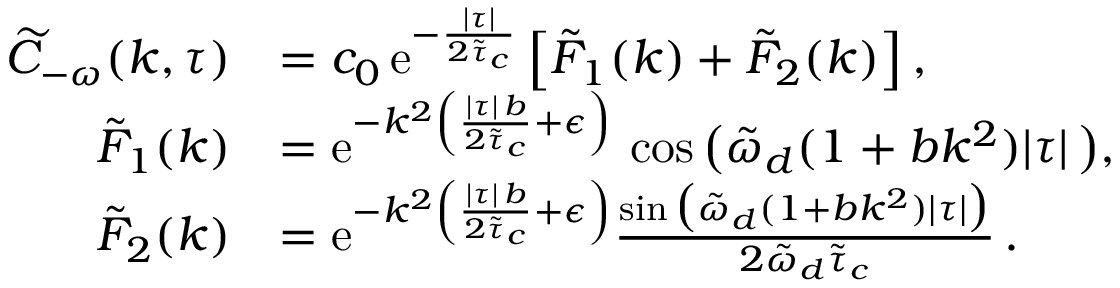
\begin{array} { r l } { \widetilde { C } _ { - \omega } ( k , \tau ) } & { = c _ { 0 } \, \mathrm { e } ^ { - \frac { \lvert \tau \rvert } { 2 \tilde { \tau } _ { c } } } \left[ \tilde { F } _ { 1 } ( k ) + \tilde { F } _ { 2 } ( k ) \right] , } \\ { \tilde { F } _ { 1 } ( k ) } & { = \mathrm { e } ^ { - k ^ { 2 } \left( \frac { \lvert \tau \rvert \, b } { 2 \tilde { \tau } _ { c } } + \epsilon \right) } \, \cos \big ( \tilde { \omega } _ { d } ( 1 + b k ^ { 2 } ) \lvert \tau \rvert \, \big ) , } \\ { \tilde { F } _ { 2 } ( k ) } & { = \mathrm { e } ^ { - k ^ { 2 } \left( \frac { \lvert \tau \rvert \, b } { 2 \tilde { \tau } _ { c } } + \epsilon \right) } \frac { \sin \big ( \tilde { \omega } _ { d } ( 1 + b k ^ { 2 } ) \lvert \tau \rvert \big ) } { 2 \tilde { \omega } _ { d } \tilde { \tau } _ { c } } \, . } \end{array}